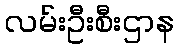
လမ်းဦးစီးဌာန